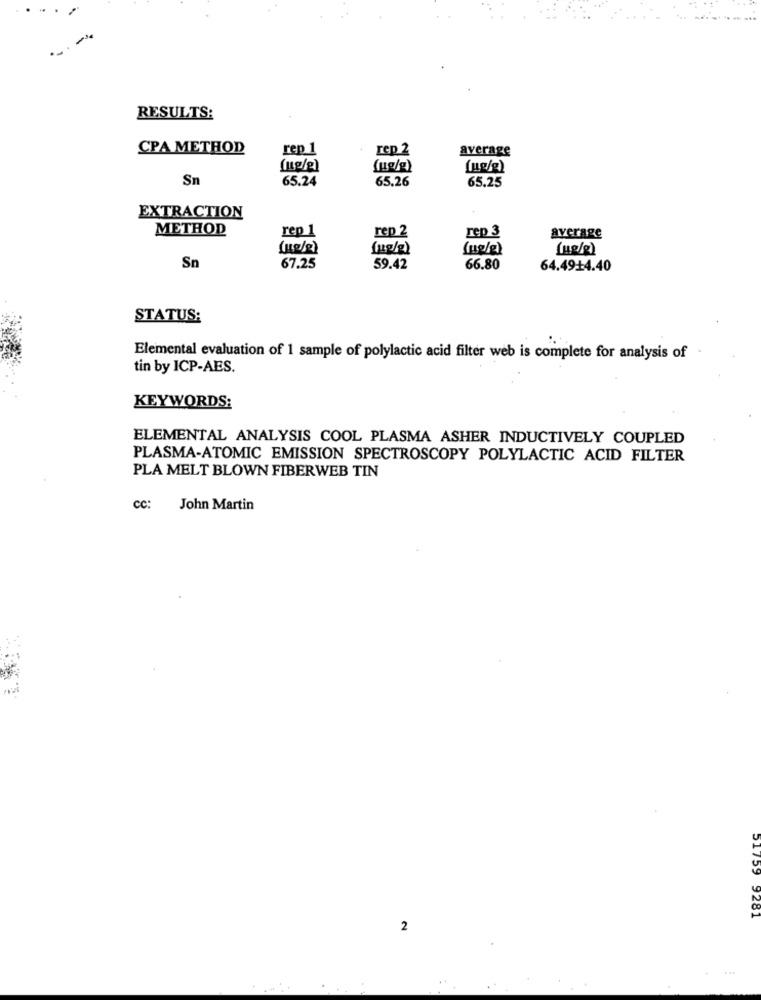
.....
RESULTS:
CPA METHOD
rep 1
rep 2
average
(ug/e)
Sn
65.24
65.26
65.25
EXTRACTION
METHOD
rep 1
rep 2
rep 3
average
(11/2)
(ug/e)
(18/8)
Sn
67.25
59.42
66.80
64.49+4.40
STATUS:
Elemental evaluation of 1 sample of polylactic acid filter web is complete for analysis of
tin by ICP-AES.
KEYWORDS:
ELEMENTAL ANALYSIS COOL PLASMA ASHER INDUCTIVELY COUPLED
PLASMA-ATOMIC EMISSION SPECTROSCOPY POLYLACTIC ACID FILTER
PLA MELT BLOWN FIBERWEB TIN
CC:
John Martin
CCITC
9201
2